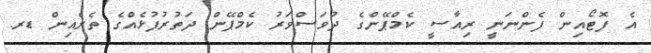
އެ ފޮޓޯއިން ފެންނަނީ ރިއާސީ ކެމްޕޭންގެ ދުވަސްވަރު ކެމްޕޭން ދަތުރުފުޅެއްގެ ތެރެއިން ޑރ.